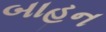
બાહન